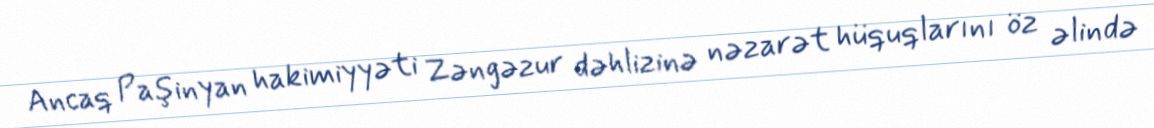
Ancaq Paşinyan hakimiyyəti Zəngəzur dəhlizinə nəzarət hüquqlarını öz əlində